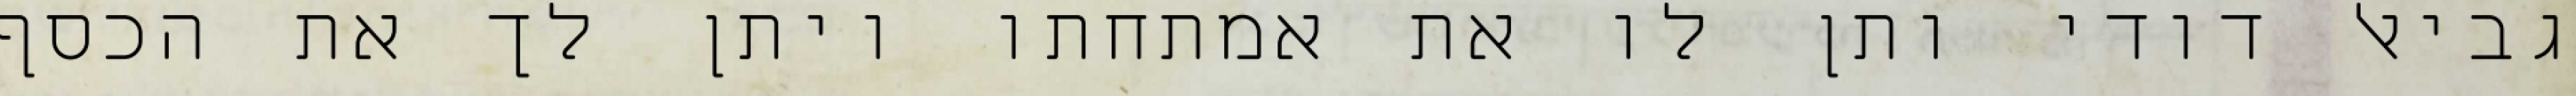
גביאל דודי ותן לו את אמתחתו ויתן לך את הכסף